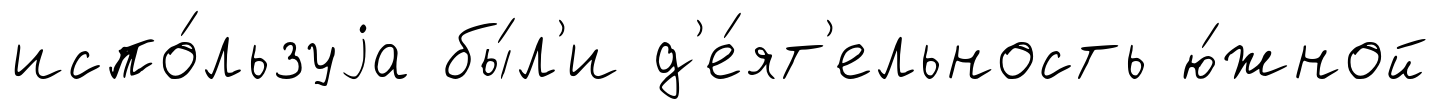
испо́льзуjа бы́л'и д'е́ят'ельность ю́жной